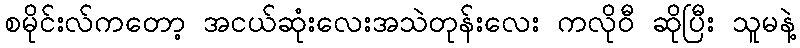
စမိုင်းလ်ကတော့ အငယ်ဆုံးလေးအသဲတုန်းလေး ကလိုဝီ ဆိုပြီး သူမနဲ့